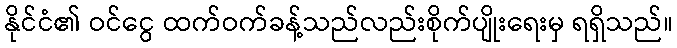
နိုင်ငံ၏ ဝင်ငွေ ထက်ဝက်ခန့်သည်လည်းစိုက်ပျိုးရေးမှ ရရှိသည်။